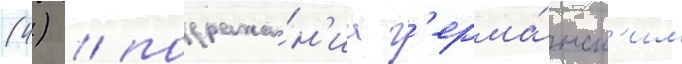
(4) / подража́н'иа г'ерма́нск'им